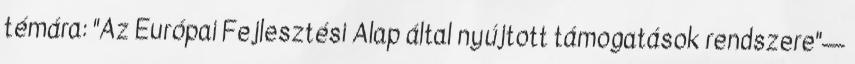
témára: "Az Európai Fejlesztési Alap által nyújtott támogatások rendszere"—